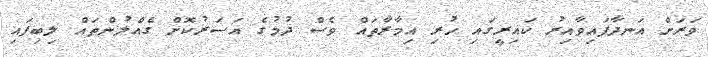
ވަރަށް އަނދާފައިވާއިރު ކައިރީގައި ހުރި އިމާރާތައް ވެސް ދުމުގެ އަސަރުކޮށް ގެއްލުންތައް ލިބިފައި